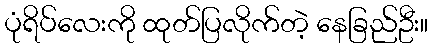
ပုံရိပ်လေးကို ထုတ်ပြလိုက်တဲ့ နေခြည်ဦး။